Civil Veterinary Department. Madras. Admin. report 1926-33 - 1926-1933
Year: 1926
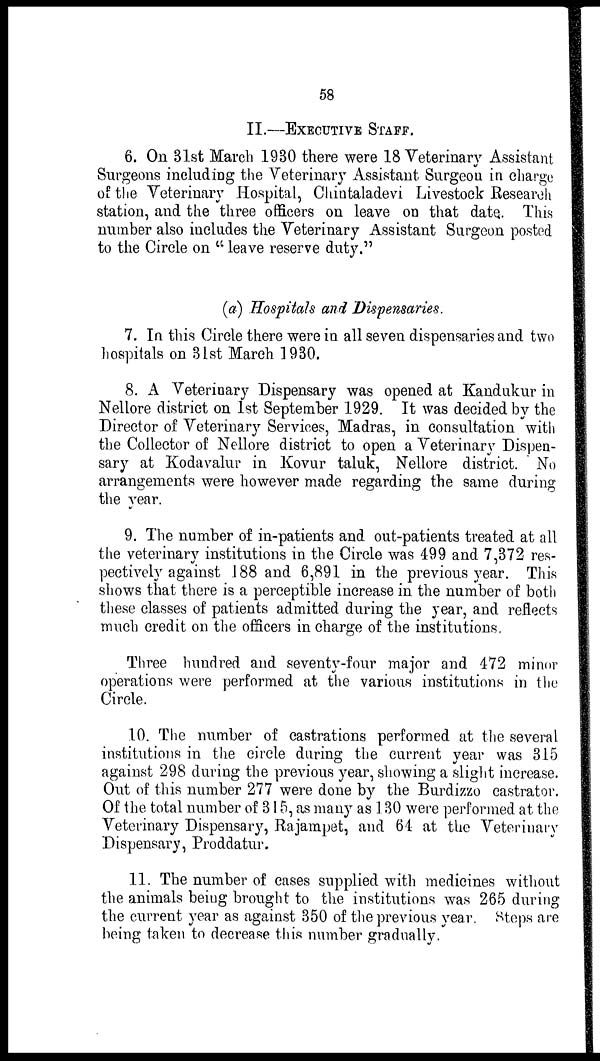
58
II.—EXECUTIVE STAFF.
6. On 31st March 1930 there were 18 Veterinary Assistant
Surgeons including the Veterinary Assistant Surgeon in charge
of the Veterinary Hospital, Chintaladevi Livestock Research
station, and the three officers on leave on that date. This
number also includes the Veterinary Assistant Surgeon posted
to the Circle on "leave reserve duty."
(a) Hospitals and Dispensaries.
7. In this Circle there were in all seven dispensaries and two
hospitals on 31st March 1930.
8. A Veterinary Dispensary was opened at Kandukur in
Nellore district on 1st September 1929. It was decided by the
Director of Veterinary Services, Madras, in consultation with
the Collector of Nellore district to open a Veterinary Dispen-
sary at Kodavalur in Kovur taluk, Nellore district. No
arrangements were however made regarding the same during
the year.
9. The number of in-patients and out-patients treated at all
the veterinary institutions in the Circle was 499 and 7,372 res-
pectively against 188 and 6,891 in the previous year. This
shows that there is a perceptible increase in the number of both
these classes of patients admitted during the year, and reflects
much credit on the officers in charge of the institutions,
Three hundred and seventy-four major and 472 minor
operations were performed at the various institutions in the
Circle.
10. The number of castrations performed at the several
institutions in the circle during the current year was 315
against 298 during the previous year, showing a slight increase.
Out of this number 277 were done by the Burdizzo castrator.
Of the total number of 315, as many as 130 were performed at the
Veterinary Dispensary, Rajampet, and 64 at the Veterinary
Dispensary, Proddatur.
11. The number of cases supplied with medicines without
the animals being brought to the institutions was 265 during
the current year as against 350 of the previous year. Steps are
being taken to decrease this number gradually.